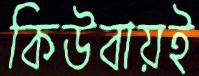
কিউবায়ই